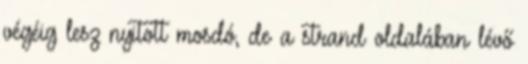
végéig lesz nyitott mosdó, de a strand oldalában lévő